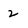
Character: 2